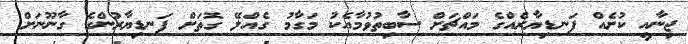
ޖިނާއީ ކުށެއް ފަނޑިޔާރެއްގެ މައްޗަށް ސާބިތުވުމާއެކު މަގާމު ގެއްލޭ ގޮތަށް ފަނޑިޔާރުންގެ ގާނޫނަށް